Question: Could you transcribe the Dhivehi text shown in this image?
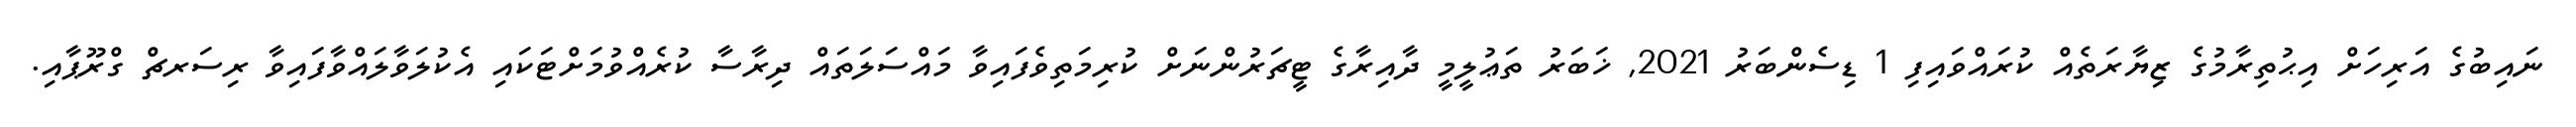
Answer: ނައިބުގެ އަރިހަށް އިޙުތިރާމުގެ ޒިޔާރަތެއް ކުރައްވައިފި 1 ޑިސެންބަރު 2021, ޚަބަރު ތަޢުލީމީ ދާއިރާގެ ޓީޗަރުންނަށް ކުރިމަތިވެފައިވާ މައްސަލަތައް ދިރާސާ ކުރެއްވުމަށްޓަކައި އެކުލަވާލައްވާފައިވާ ރިސަރޗް ގްރޫޕާއި.